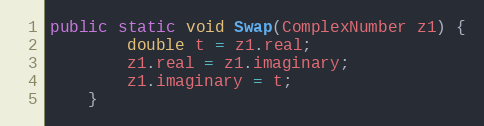
Language: Java
public static void Swap(ComplexNumber z1) {
        double t = z1.real;
        z1.real = z1.imaginary;
        z1.imaginary = t;
    }